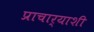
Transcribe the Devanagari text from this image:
प्राचार्याशी